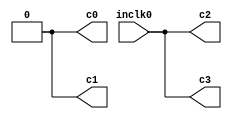
module pll50 (
	input inclk0,
	output c0,
	output c1,
	output c2,
	output c3);

reg r_c2 = 1'b0;
	
assign c0 = 1'b0;
assign c1 = 1'b0;
assign c2 = inclk0;
/*assign c2 = r_c2;

always @(posedge inclk0)
begin
	r_c2 <= ~r_c2;
end*/

assign c3 = inclk0;

endmodule